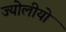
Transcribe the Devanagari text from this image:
ज्योलीयो